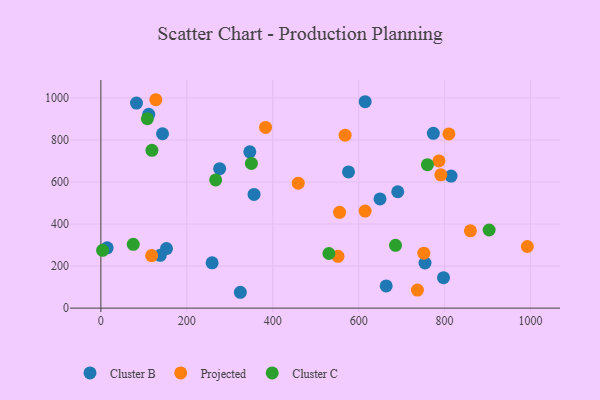
{"axis": {"x": "Investment", "y": "Sales"}, "legend": ["Cluster B", "Cluster C", "Projected"], "data": [{"x": "754.5", "y": 214.8, "type": "Cluster B"}, {"x": "14.7", "y": 286.9, "type": "Cluster B"}, {"x": "111.4", "y": 922.1, "type": "Cluster B"}, {"x": "138.3", "y": 251.5, "type": "Cluster B"}, {"x": "258.9", "y": 215.5, "type": "Cluster B"}, {"x": "324.6", "y": 75.5, "type": "Cluster B"}, {"x": "576.4", "y": 647.9, "type": "Cluster B"}, {"x": "82.9", "y": 975.7, "type": "Cluster B"}, {"x": "143.5", "y": 829.7, "type": "Cluster B"}, {"x": "649.7", "y": 519.4, "type": "Cluster B"}, {"x": "356.5", "y": 541.1, "type": "Cluster B"}, {"x": "152.7", "y": 283.2, "type": "Cluster B"}, {"x": "346.7", "y": 743.9, "type": "Cluster B"}, {"x": "691.0", "y": 553.7, "type": "Cluster B"}, {"x": "615.2", "y": 982.4, "type": "Cluster B"}, {"x": "664.1", "y": 105.5, "type": "Cluster B"}, {"x": "815.1", "y": 628.2, "type": "Cluster B"}, {"x": "797.5", "y": 145.0, "type": "Cluster B"}, {"x": "276.5", "y": 663.4, "type": "Cluster B"}, {"x": "773.8", "y": 831.9, "type": "Cluster B"}, {"x": "615.0", "y": 462.0, "type": "Projected"}, {"x": "383.3", "y": 860.0, "type": "Projected"}, {"x": "992.7", "y": 293.2, "type": "Projected"}, {"x": "555.6", "y": 455.7, "type": "Projected"}, {"x": "552.0", "y": 246.5, "type": "Projected"}, {"x": "860.1", "y": 368.1, "type": "Projected"}, {"x": "118.2", "y": 250.3, "type": "Projected"}, {"x": "810.0", "y": 828.9, "type": "Projected"}, {"x": "751.7", "y": 261.4, "type": "Projected"}, {"x": "127.9", "y": 991.6, "type": "Projected"}, {"x": "568.5", "y": 823.0, "type": "Projected"}, {"x": "736.8", "y": 86.2, "type": "Projected"}, {"x": "791.3", "y": 634.4, "type": "Projected"}, {"x": "459.4", "y": 594.8, "type": "Projected"}, {"x": "786.9", "y": 700.4, "type": "Projected"}, {"x": "108.2", "y": 901.1, "type": "Cluster C"}, {"x": "530.7", "y": 259.9, "type": "Cluster C"}, {"x": "267.2", "y": 609.9, "type": "Cluster C"}, {"x": "685.8", "y": 299.0, "type": "Cluster C"}, {"x": "350.4", "y": 688.6, "type": "Cluster C"}, {"x": "903.7", "y": 371.8, "type": "Cluster C"}, {"x": "118.8", "y": 750.7, "type": "Cluster C"}, {"x": "4.1", "y": 275.3, "type": "Cluster C"}, {"x": "760.1", "y": 682.8, "type": "Cluster C"}, {"x": "75.4", "y": 303.4, "type": "Cluster C"}]}